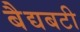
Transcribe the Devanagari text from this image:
बैद्यबटी